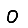
Digit: 0